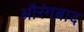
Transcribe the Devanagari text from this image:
औरंगबाद